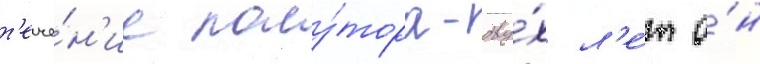
т'ече́н'ие полу́тора-дву́х л'е́т о́н